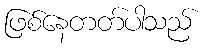
ဖြစ်နေတတ်ပါသည်